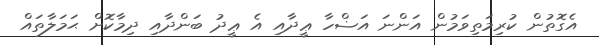
އެގޮތުން ކުރިމަތިވަމުން އަންނަ އަޟްހާ ޢީދާއި އެ ޢީދު ބަންދާއި ދިމާކޮށް ޙަމަލާތައް